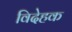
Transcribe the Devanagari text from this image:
विदेहक